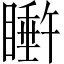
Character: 𬑩